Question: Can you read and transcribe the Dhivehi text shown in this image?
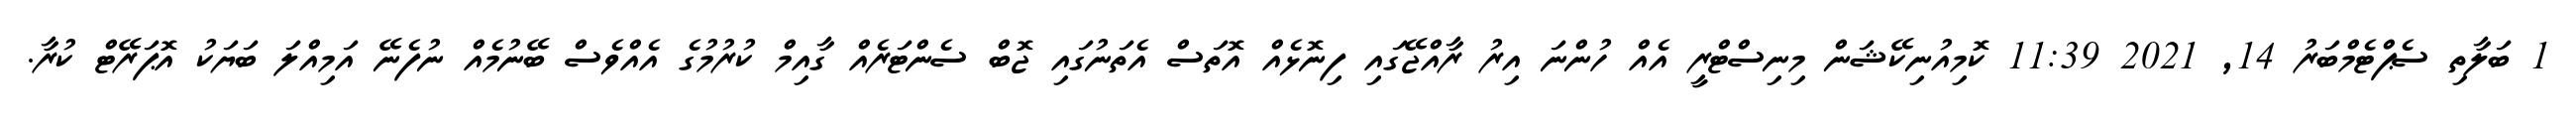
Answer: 1 ބަލާތި ސެޕްޓެމްބަރު 14, 2021 11:39 ކޮމިއުނިކޭޝަން މިނިސްޓްރީ އެއް ހުންނަ އިރު ރާއްޖޭގައި ފިނޮޅެއް އޮތަސް އެތަނުގައި ޖޮބް ސެންޓަރެއް ގާއިމް ކުރުމުގެ އެއްވެސް ބޭނުމެއް ނުފެނޭ އަމިއްލަ ބަޔަކު އޮޕަރޭޓް ކުރާ.